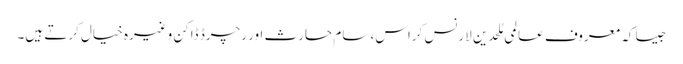
جیسا کہ معروف عالمی مُلحدین لارنس کراس، سام حارث اور رچرڈ ڈاکن وغیرہ خیال کرتے ہیں۔